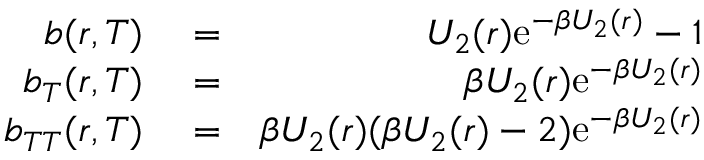
\begin{array} { r l r } { b ( r , T ) } & { { } = } & { U _ { 2 } ( r ) \mathrm { e } ^ { - \beta U _ { 2 } ( r ) } - 1 } \\ { b _ { T } ( r , T ) } & { { } = } & { \beta U _ { 2 } ( r ) \mathrm { e } ^ { - \beta U _ { 2 } ( r ) } } \\ { b _ { T T } ( r , T ) } & { { } = } & { \beta U _ { 2 } ( r ) ( \beta U _ { 2 } ( r ) - 2 ) \mathrm { e } ^ { - \beta U _ { 2 } ( r ) } } \end{array}